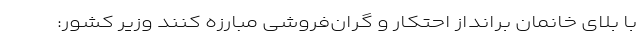
با بلای خانمان برانداز احتکار و گران‌فروشی مبارزه کنند وزیر کشور: